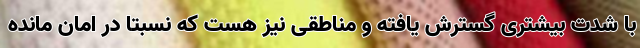
با شدت بیشتری گسترش یافته و مناطقی نیز هست که نسبتا در امان مانده